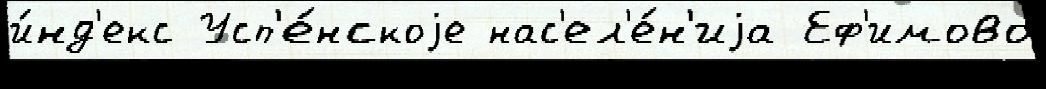
и́нд'екс Усп'е́нскоjе нас'ел'е́н'иjа Еф'имово